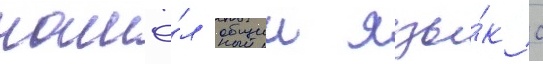
нашё́л общии язы́к с